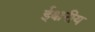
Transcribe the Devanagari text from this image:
ईश्चरीय